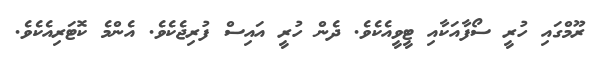
ރޫމްގައި ހުރީ ސޯފާއަކާއި ޓީވީއެކެވެ. ދެން ހުރީ އައިސް ފުރިޖެކެވެ. އެންމެ ކޮޓަރިއެކެވެ.